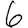
Digit: 6